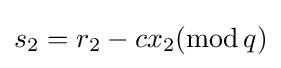
s_{2}=r_{2}-cx_{2}(\mathrm {mod} \,q)